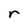
Character: r